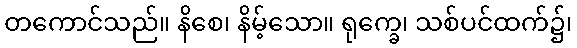
တကောင်သည်။ နိစေ၊ နိမ့်သော။ ရုက္ခေ၊ သစ်ပင်ထက်၌၊